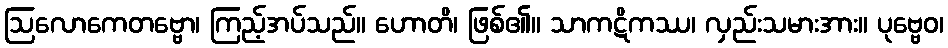
ဩလောကေတဗ္ဗော၊ ကြည့်အပ်သည်။ ဟောတိ၊ ဖြစ်၏။ သာကဋိကဿ၊ လှည်းသမားအား။ ပုဗ္ဗေဝ၊